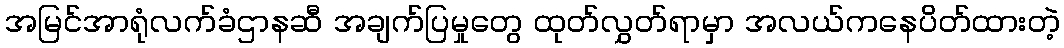
အမြင်အာရုံလက်ခံဌာနဆီ အချက်ပြမှုတွေ ထုတ်လွှတ်ရာမှာ အလယ်ကနေပိတ်ထားတဲ့